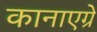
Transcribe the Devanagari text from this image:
कानाएग्रे